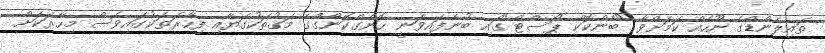
ތައިލެންޑްގެ ނޫހެއް ކަމަށްވާ "ބެންކޮކް ޕޯސްޓް"ގައި ބުނެފައިވަނީ ހޮންގްކޮންގްގެ މަގުތަކުގަޔާއި ފިހާރަތަކުގައިވެސް މިހާރަކަށް